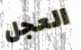
العجل